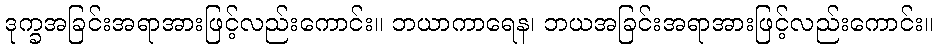
ဒုက္ခအခြင်းအရာအားဖြင့်လည်းကောင်း။ ဘယာကာရေန၊ ဘယအခြင်းအရာအားဖြင့်လည်းကောင်း။